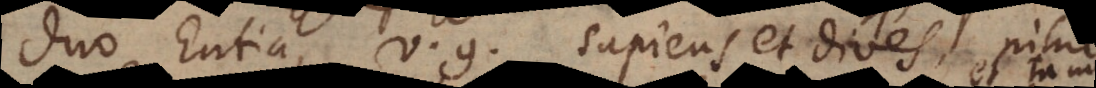
duo Entia, v.g. sapiens et dives, nihil